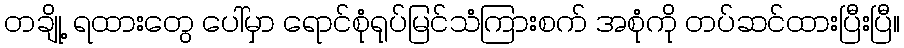
တချို့ ရထားတွေ ပေါ်မှာ ရောင်စုံရုပ်မြင်သံကြားစက် အစုံကို တပ်ဆင်ထားပြီးပြီ။